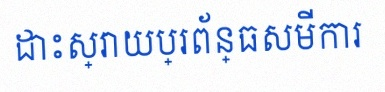
ដោះស្រាយប្រព័ន្ធសមីការ